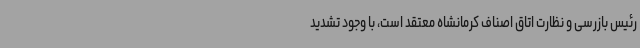
رئیس بازرسی و نظارت اتاق اصناف کرمانشاه معتقد است، با وجود تشدید